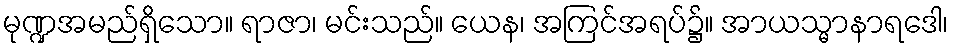
မုဏ္ဍအမည်ရှိသော။ ရာဇာ၊ မင်းသည်။ ယေန၊ အကြင်အရပ်၌။ အာယသ္မာနာရဒေါ၊